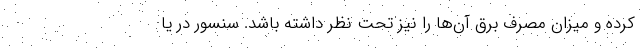
کرده و میزان مصرف برق آن‌ها را نیز تحت نظر داشته باشد. سنسور در یا